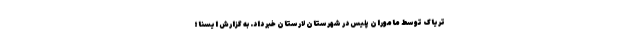
تریاک توسط ماموران پلیس در شهرستان لارستان خبر داد. به گزارش ایسنا؛